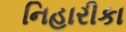
નિહારીકા